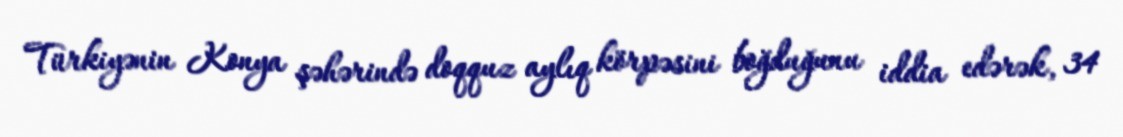
Türkiyənin Konya şəhərində doqquz aylıq körpəsini boğduğunu iddia edərək, 34